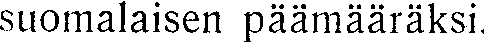
suomalaisen päämääräksi.